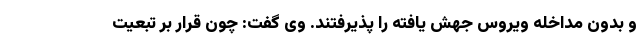
و بدون مداخله ویروس جهش یافته را پذیرفتند. وی گفت: چون قرار بر تبعیت